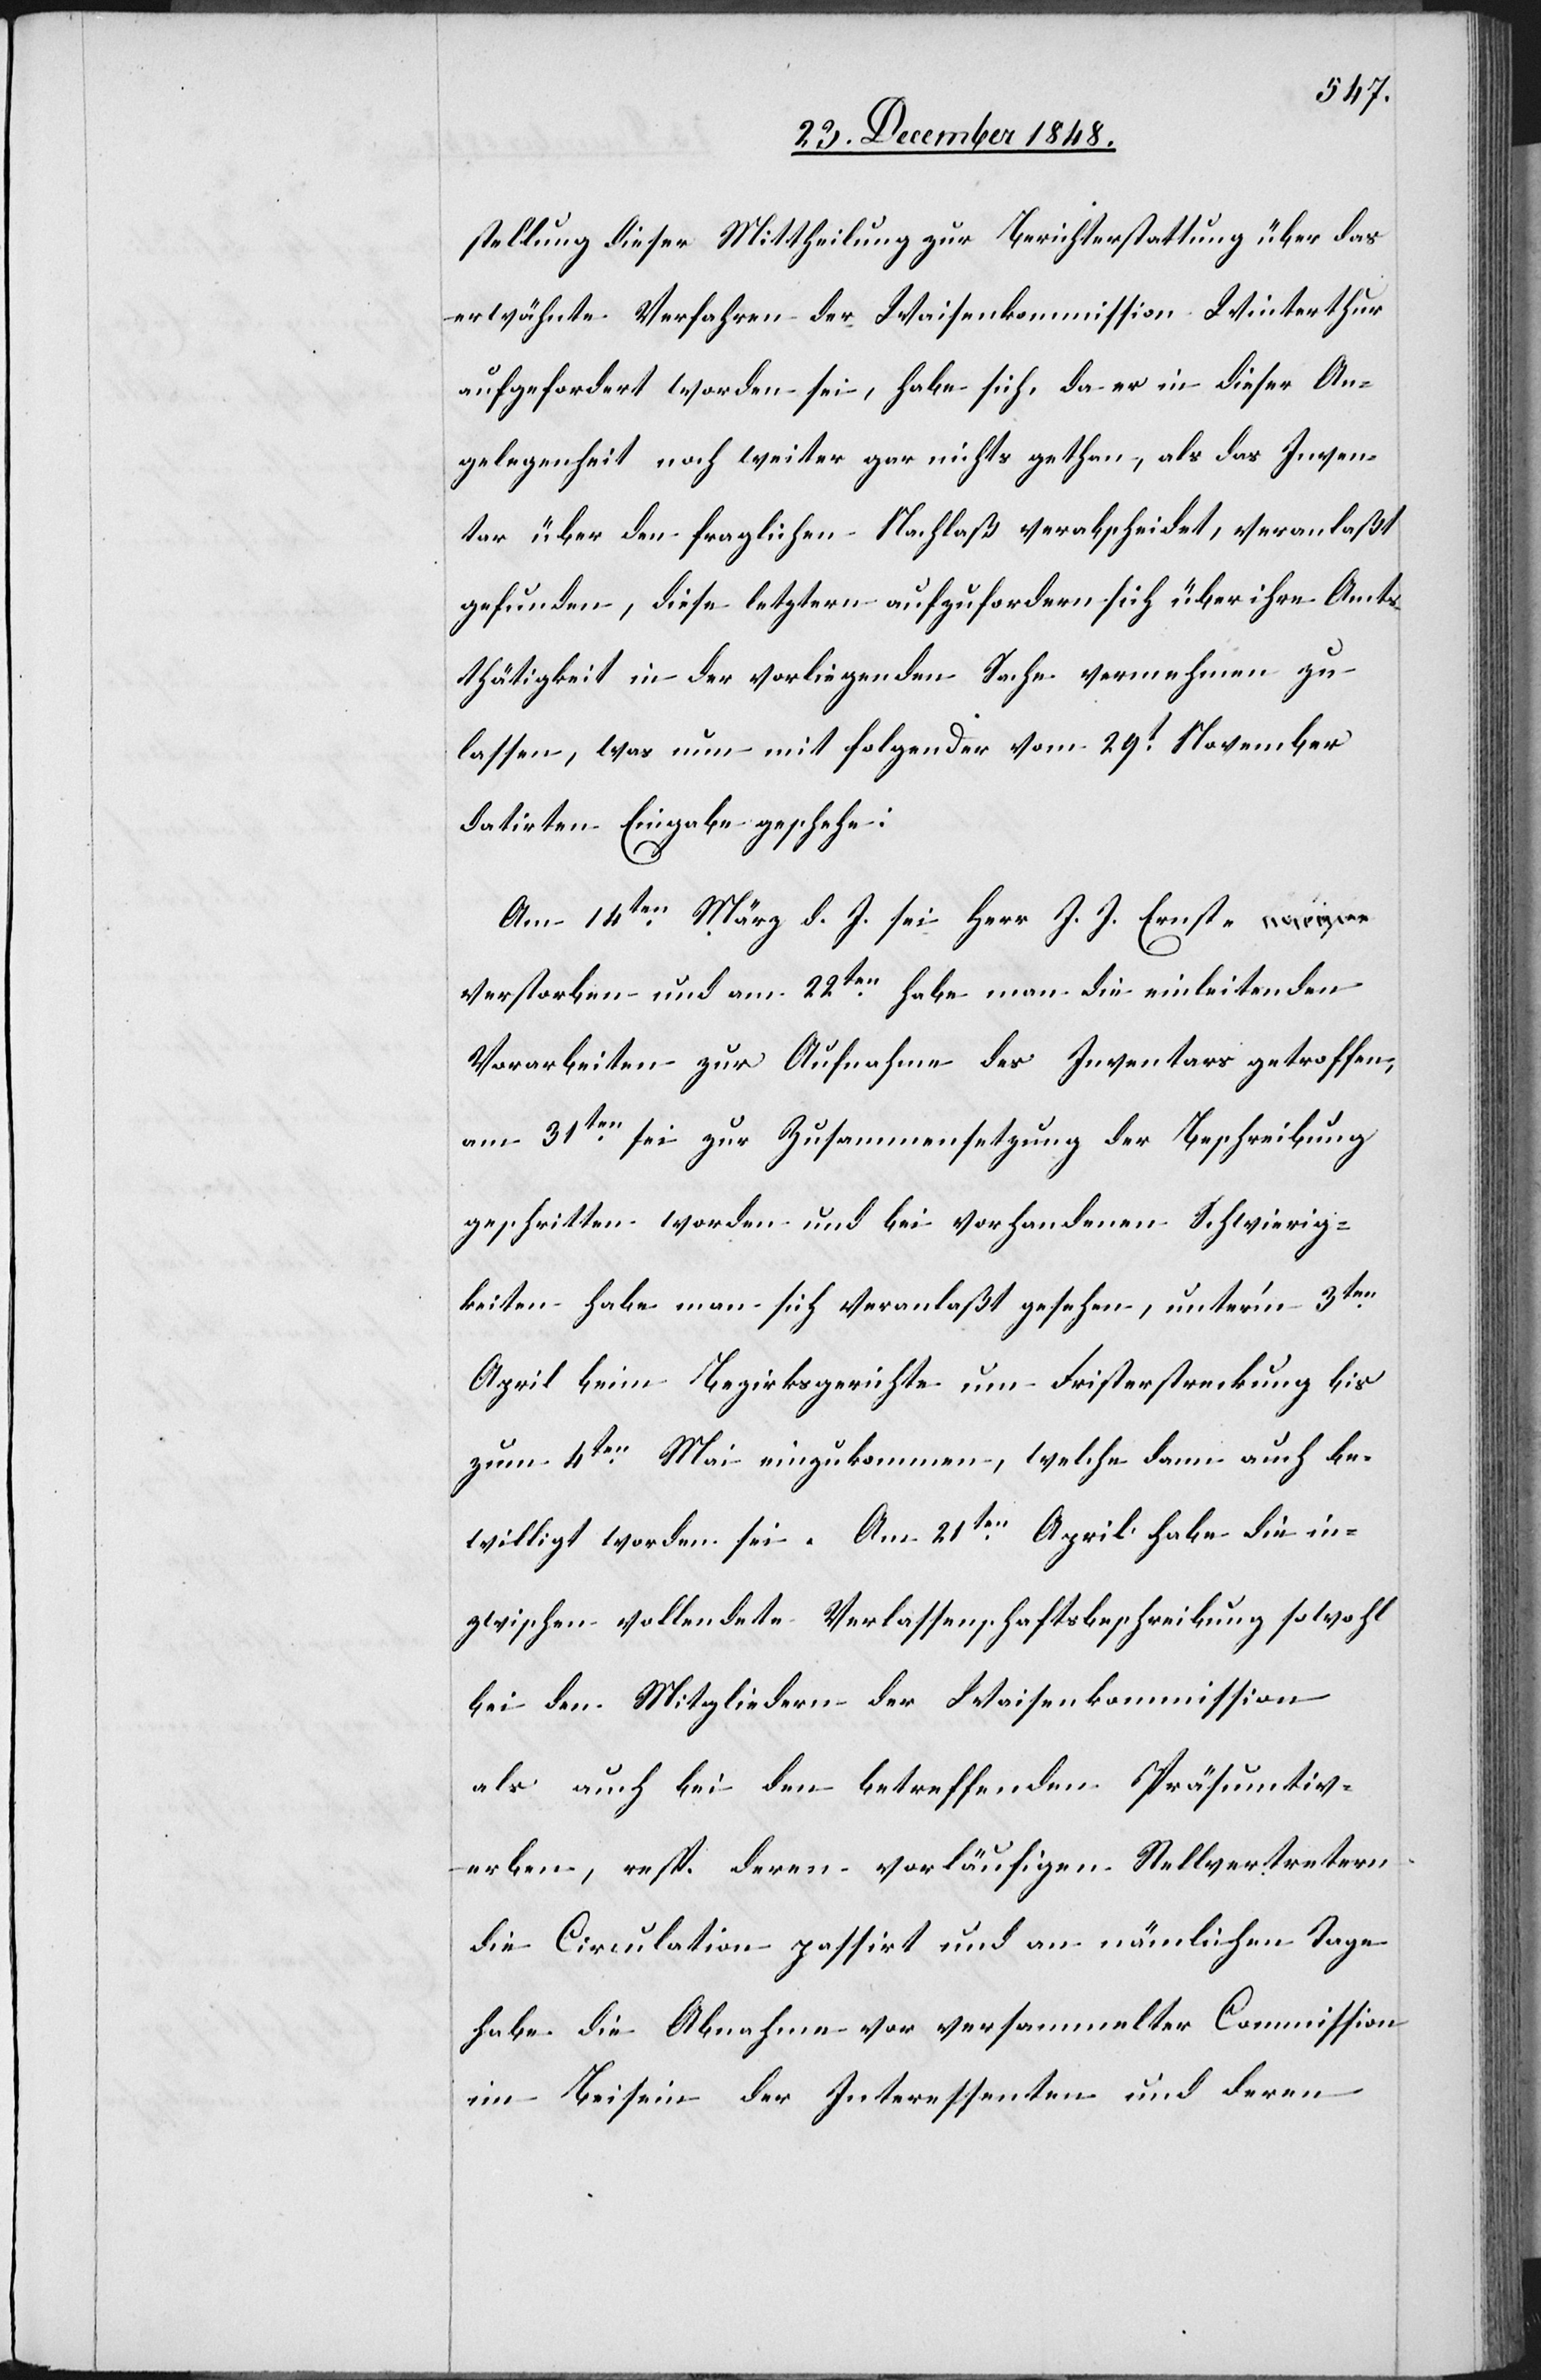
stellung dieser Mittheilung zur Berichterstattung über das
erwähnte Verfahren der Waisenkommission Winterthur
aufgefordert worden sei, habe sich, da er in dieser An¬
gelegenheit noch weiter gar nichts gethan, als das Inven¬
tar über den fraglichen Nachlaß verabscheidet, veranlaßt
gefunden, diese letztern aufzufordern sich über ihre Amts¬
thätigkeit in der vorliegenden Sache vermehmen
lassen, was nun mit folgender vom 29t November
datirten Eingabe geschehe:
Am 14ten März d. J. sei Herr J. J. Ernst
verstorben und am 22ten habe man die einleitenden
Vorarbeiten zur Aufnahme des Inventars getroffen,
am 31ten sei zur Zusammensetzung der Beschreibung
geschritten worden und bei vorhandenen Schwierig¬
keiten habe man sich veranlaßt gesehen, unter’m 3ten
April beim Bezirksgerichte um Fristerstreckung bis
zum 4ten Mai einzukommen, welche dann auch be¬
willigt worden sei. Am 21ten April habe die in¬
zwischen vollendete Verlassenschaftsbeschreibung sowohl
bei den Mitgliedern der Waisenkommission
als auch bei den betreffenden Präsumtiv¬
erben, resp. deren vorläufigen Stellvertretern
die Circulation passirt und an nämlichen Tage
habe die Abnahme vor versammelter Commission
im Beisein der Interessenten und deren